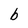
Character: b